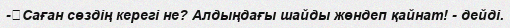
-	Саған сөздің керегі не? Алдыңдағы шайды жөндеп қайнат! - дейді.